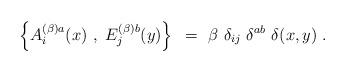
LaTeX: \begin{align*}\left \{ A_i^{(\beta) a} (x)~,~E_j^{(\beta) b}(y)\right \}~=~\beta~ \delta_{ij}~\delta^{ab}~ \delta(x,y)~. \end{align*}